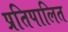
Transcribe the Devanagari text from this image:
प्रतिपालित